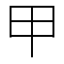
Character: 甲